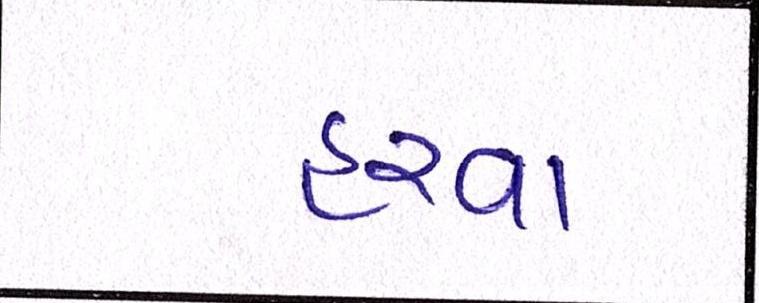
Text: હરવા